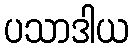
ပသာဒါယ